Code of medical and sanitary regulations for the guidance of medical officers serving in the Madras Presidency - Volume I
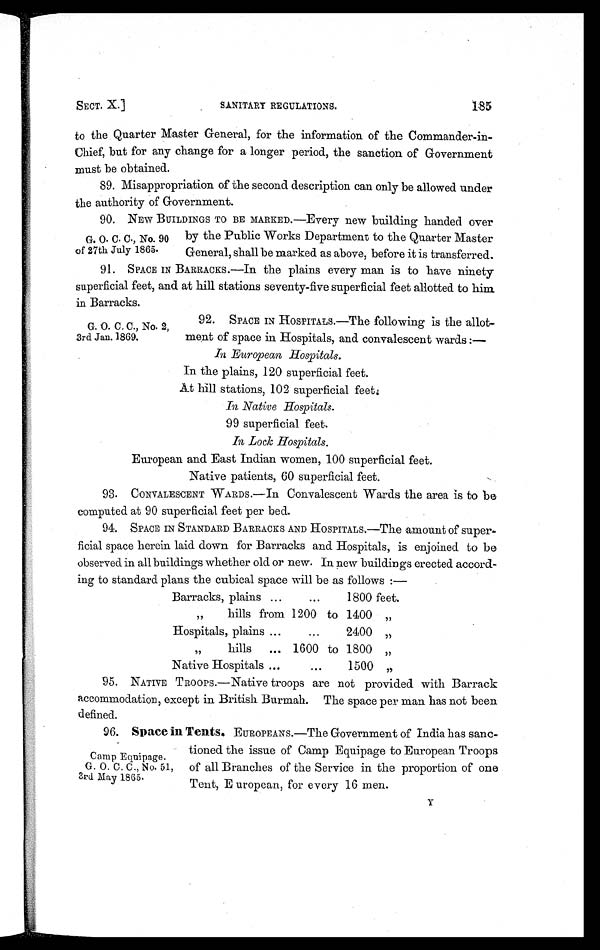
SECT. X.] SANITARY REGULATIONS.
185
to the Quarter Master General, for the information of the Commander-in-
Chief, but for any change for a longer period, the sanction of Government
must be obtained.
89. Misappropriation of the second description can only be allowed under
the authority of Government.
90. NEW BUILDINGS TO BE MARKED. —Every new building handed over
by the Public Works Department to the Quarter Master
General, shall be marked as above, before it is transferred
.
9 1 . S P A C E I N B A R R A C K S . — I nt
h e p l a i n s e v e r y m a n i s t o h a v e n i n e t y
superficial feet, and at hill stations seventy-five superficial feet allotted to him
in Barracks.
G. O. C. C., No. 90
of 27th July 1865.
G. O. C. C., No. 2,
3rd Jan. 1869.
92. SPACE IN HOSPITALS. —The following is the allot-
ment of space in Hospitals, and convalescent wards : —
In European Hospitals.
In the plains, .120 superficial feet.
At hill stations, 102 superficial feet.
In Native Hospitals.
99 superficial feet.
In Lock Hospitals.
European and East Indian women, 100 superficial feet.
Native patients, 60 superficial feet.
93. CONVALESCENT WARDS. —In Convalescent Wards the area is to be
computed at 90 superficial feet per bed
.
94. SPACE IN STANDARD BARRACKS AND HOSPITALS. —The amount of super
- f i c i a l s p a c e h e r e i n l a i d d o w n f o r B a r r a c k s a n d H o s p i t a l s , i s e n j o i n e d t o b e
observed in all buildings whether old or new. In new buildings erected accord-
ing to standard plans the cubical space will be as follows:—
Barracks, plains ...
. . .
1800 feet
.
,, hills from 1200 to 1400 „
Hospitals, plains ...
...
2400 „
,, hills ... 1600 to 1800 „
Native Hospitals ...
...
1500
„
95. NATIVE TROOPS.—Native troops are not provided with Barrack
accommodation, except in British Burmah. The space per man has not been
defined.
96. Space in Tents. EUROPEANS. —The Government of India has sanc-
tioned the issue of Camp Equipage to European Troops
of all Branches of the Service in the proportion of one
Tent, E uropean, for every 16 men.
Camp Equipage.
G. O. C. C., No. 51,
3rd May 1865.
Y